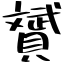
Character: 贇